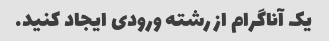
یک آناگرام از رشته ورودی ایجاد کنید.